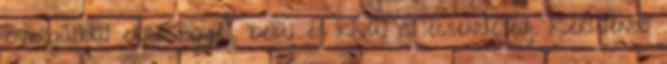
energiáddal erre figyelj, belül és kívül is lecsendesedj. Kerülendő